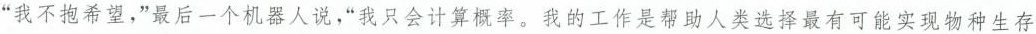
“我不抱希望，”最后一个机器人说，“我只会计算概率。我的工作是帮助人类选择最有可能实现物种生存